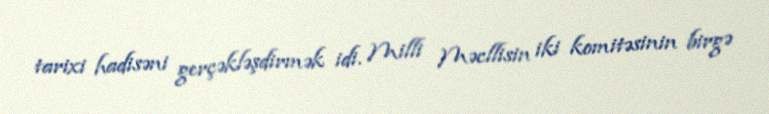
tarixi hadisəni gerçəkləşdirmək idi. Milli Məcllisin iki komitəsinin birgə